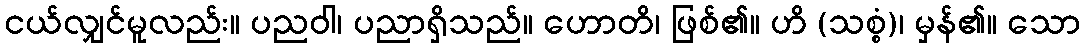
ငယ်လျှင်မူလည်း။ ပညဝါ၊ ပညာရှိသည်။ ဟောတိ၊ ဖြစ်၏။ ဟိ (သစ္စံ)၊ မှန်၏။ သော